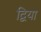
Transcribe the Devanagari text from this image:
द्विया